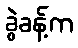
ခွဲခန့်က